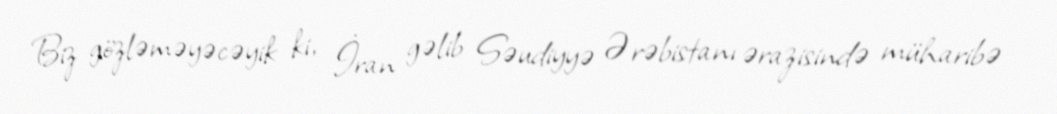
Biz gözləməyəcəyik ki, İran gəlib Səudiyyə Ərəbistanı ərazisində müharibə